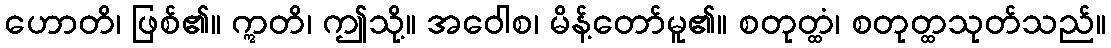
ဟောတိ၊ ဖြစ်၏။ ဣတိ၊ ဤသို့။ အဝေါစ၊ မိန့်တော်မူ၏။ စတုတ္ထံ၊ စတုတ္ထသုတ်သည်။